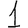
Digit: 1